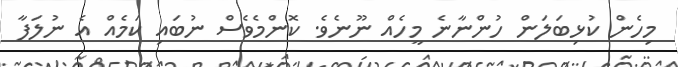
މިހެން ކުޅިބަލަން ހުންނާނެ މީހެއް ނޫނެވެ. ކޮންމެވެސް ނުބައި ކަމެއް އެ ނުލަފާ